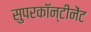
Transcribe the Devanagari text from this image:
सुपरकॉन्टीनेंट